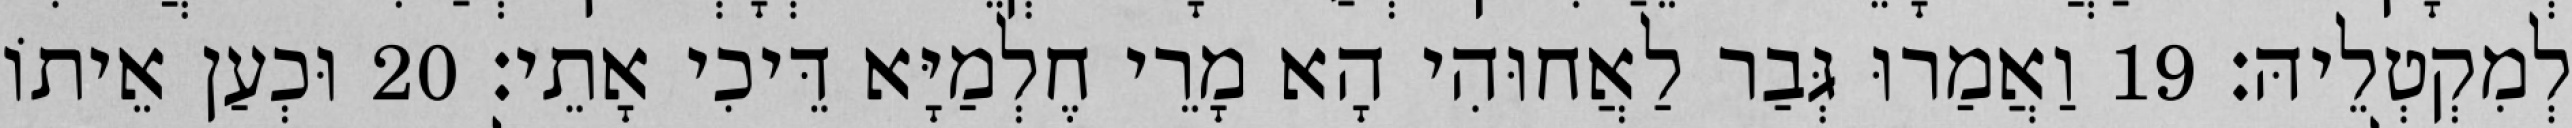
לְמִקְטְלֵיהּ׃ 19 וַאֲמַרוּ גְּבַר לַאֲחוּהִי הָא מָרֵי חֶלְמַיָּא דֵּיכִי אָתֵי׃ 20 וּכְעַן אֵיתוֹ